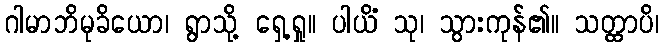
ဂါမာဘိမုခိယော၊ ရွာသို့ ရှေ့ရှု။ ပါယိံ သု၊ သွားကုန်၏။ သတ္ထာပိ၊